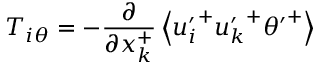
T _ { i \theta } = - \frac { \partial } { \partial x _ { k } ^ { + } } \left< { u _ { i } ^ { \prime } } ^ { + } { u _ { k } ^ { \prime } } ^ { + } { \theta ^ { \prime } } ^ { + } \right>